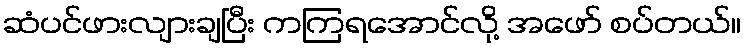
ဆံပင်ဖားလျားချပြီး ကကြရအောင်လို့ အဖော် စပ်တယ်။